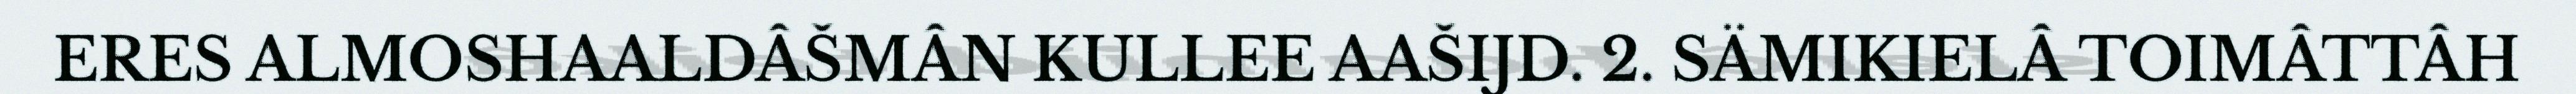
ERES ALMOSHAALDÂŠMÂN KULLEE AAŠIJD. 2. SÄMIKIELÂ TOIMÂTTÂH